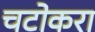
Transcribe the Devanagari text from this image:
चटोकरा